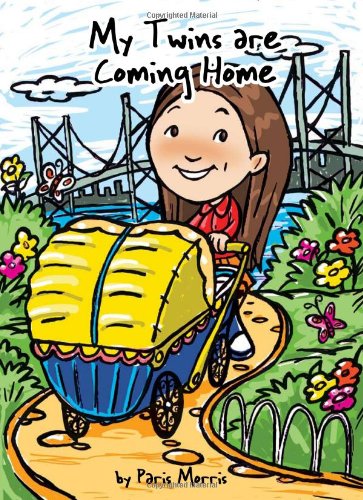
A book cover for My Twins are Coming Home; Paris Morris; Parenting & Relationships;